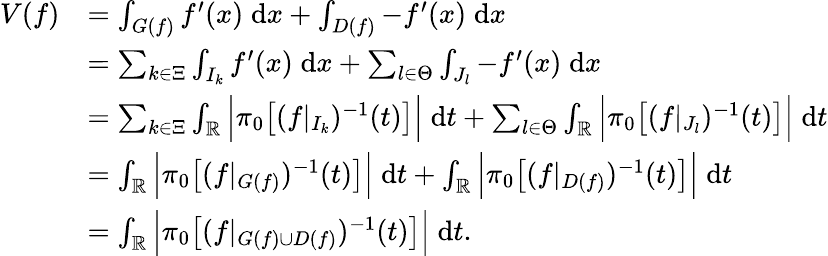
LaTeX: \begin{array}{rl}{V(f)}&{=\int_{G(f)}f^{\prime}(x)\; \mathrm{d}x+\int_{D(f)}-f^{\prime}(x)\; \mathrm{d}x}\\ &{=\sum_{k\in\Xi}\int_{I_{k}}f^{\prime}(x)\; \mathrm{d}x+\sum_{l\in\Theta}\int_{J_{l}}-f^{\prime}(x)\; \mathrm{d}x}\\ &{=\sum_{k\in\Xi}\int_{\mathbb{R}}\Big|\pi_{0}\big[(f|_{I_{k}})^{-1}(t)\big]\Big|\; \mathrm{d}t+\sum_{l\in\Theta}\int_{\mathbb{R}}\Big|\pi_{0}\big[(f|_{J_{l}})^{-1}(t)\big]\Big|\; \mathrm{d}t}\\ &{=\int_{\mathbb{R}}\Big|\pi_{0}\big[(f|_{G(f)})^{-1}(t)\big]\Big|\; \mathrm{d}t+\int_{\mathbb{R}}\Big|\pi_{0}\big[(f|_{D(f)})^{-1}(t)\big]\Big|\; \mathrm{d}t}\\ &{=\int_{\mathbb{R}}\Big|\pi_{0}\big[(f|_{G(f)\cup D(f)})^{-1}(t)\big]\Big|\; \mathrm{d}t.}\end{array}